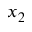
x _ { 2 }